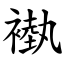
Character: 褹